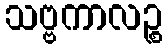
သဗ္ဗကာလဉ္စ